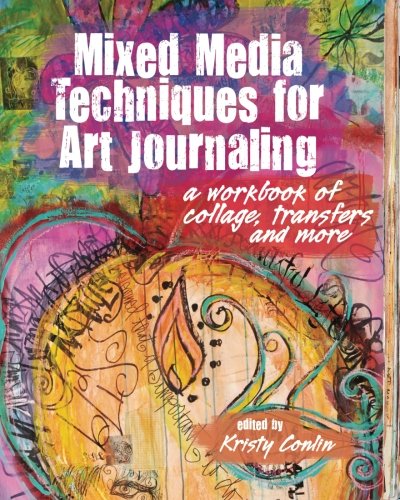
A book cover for Mixed Media Techniques for Art Journaling: A Workbook of Collage, Transfers and More; Crafts, Hobbies & Home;